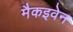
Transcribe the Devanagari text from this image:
मैकइवेन